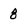
Character: 8